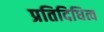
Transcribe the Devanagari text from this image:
प्रतिदिधित्व